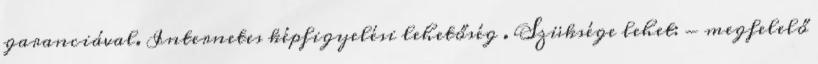
garanciával. Internetes képfigyelési lehetőség . Szüksége lehet: - megfelelő